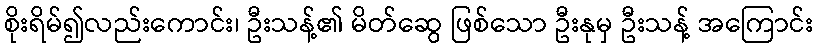
စိုးရိမ်၍လည်းကောင်း၊ ဦးသန့်၏ မိတ်ဆွေ ဖြစ်သော ဦးနုမှ ဦးသန့် အကြောင်း